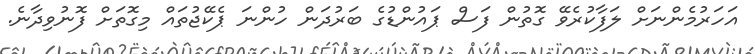
އަހަރުމެންނަށް ލަފާކުރެވޭ ގޮތުން ފަސް ޕައުންޑުގެ ބަރުދަން ހުންނަ ޕެކޭޖުތައް މިގޮތަށް ފޮނުވިދާނެ.